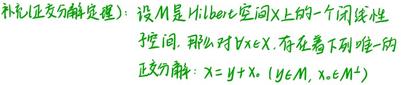
( 正交分解定理 )：设 $M$ 是 Hilbert 空间 $X$ 上的一个闭线性
子空间. 那么对 $\forall x \in X$, 存在着下列唯一的
正交分解: $x=y+x_{1}\left(y \in M, x_{1} \in M^{\perp}\right)$